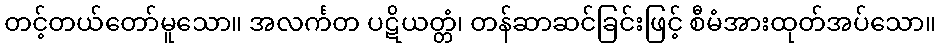
တင့်တယ်တော်မူသော။ အလင်္ကတ ပဋိယတ္တံ၊ တန်ဆာဆင်ခြင်းဖြင့် စီမံအားထုတ်အပ်သော။